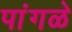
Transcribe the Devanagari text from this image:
पांगळे